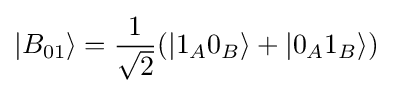
|B_{01}\rangle ={\frac {1}{\sqrt {2}}}(|1_{A}0_{B}\rangle +|0_{A}1_{B}\rangle )